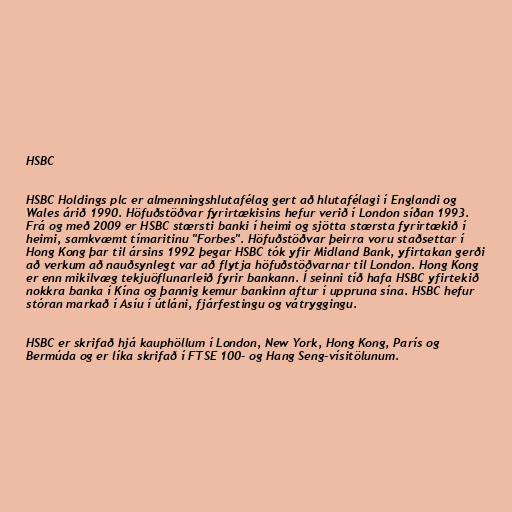
HSBC

HSBC Holdings plc er almenningshlutafélag gert að hlutafélagi í Englandi og
Wales árið 1990. Höfuðstöðvar fyrirtækisins hefur verið í London síðan 1993.
Frá og með 2009 er HSBC stærsti banki í heimi og sjötta stærsta fyrirtækið í
heimi, samkvæmt tímaritinu "Forbes". Höfuðstöðvar þeirra voru staðsettar í
Hong Kong þar til ársins 1992 þegar HSBC tók yfir Midland Bank, yfirtakan gerði
að verkum að nauðsynlegt var að flytja höfuðstöðvarnar til London. Hong Kong
er enn mikilvæg tekjuöflunarleið fyrir bankann. Í seinni tíð hafa HSBC yfirtekið
nokkra banka í Kína og þannig kemur bankinn aftur í uppruna sína. HSBC hefur
stóran markað í Asíu í útláni, fjárfestingu og vátryggingu.

HSBC er skrifað hjá kauphöllum í London, New York, Hong Kong, París og
Bermúda og er líka skrifað í FTSE 100- og Hang Seng-vísitölunum.